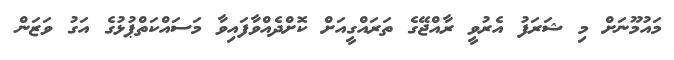
މައުމޫނަށް މި ޝަރަފު އެރުވީ ރާއްޖޭގެ ތަރައްގީއަށް ކޮށްދެއްވާފައިވާ މަސައްކަތްޕުޅުގެ އަގު ވަޒަން